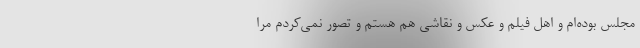
مجلس بوده‌ام و اهل فیلم و عکس و نقاشی هم هستم و تصور نمی‌کردم مرا